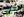
على